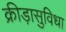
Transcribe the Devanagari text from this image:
क्रीड़ासुविधा